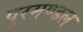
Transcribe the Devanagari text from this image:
पुरमण्डल